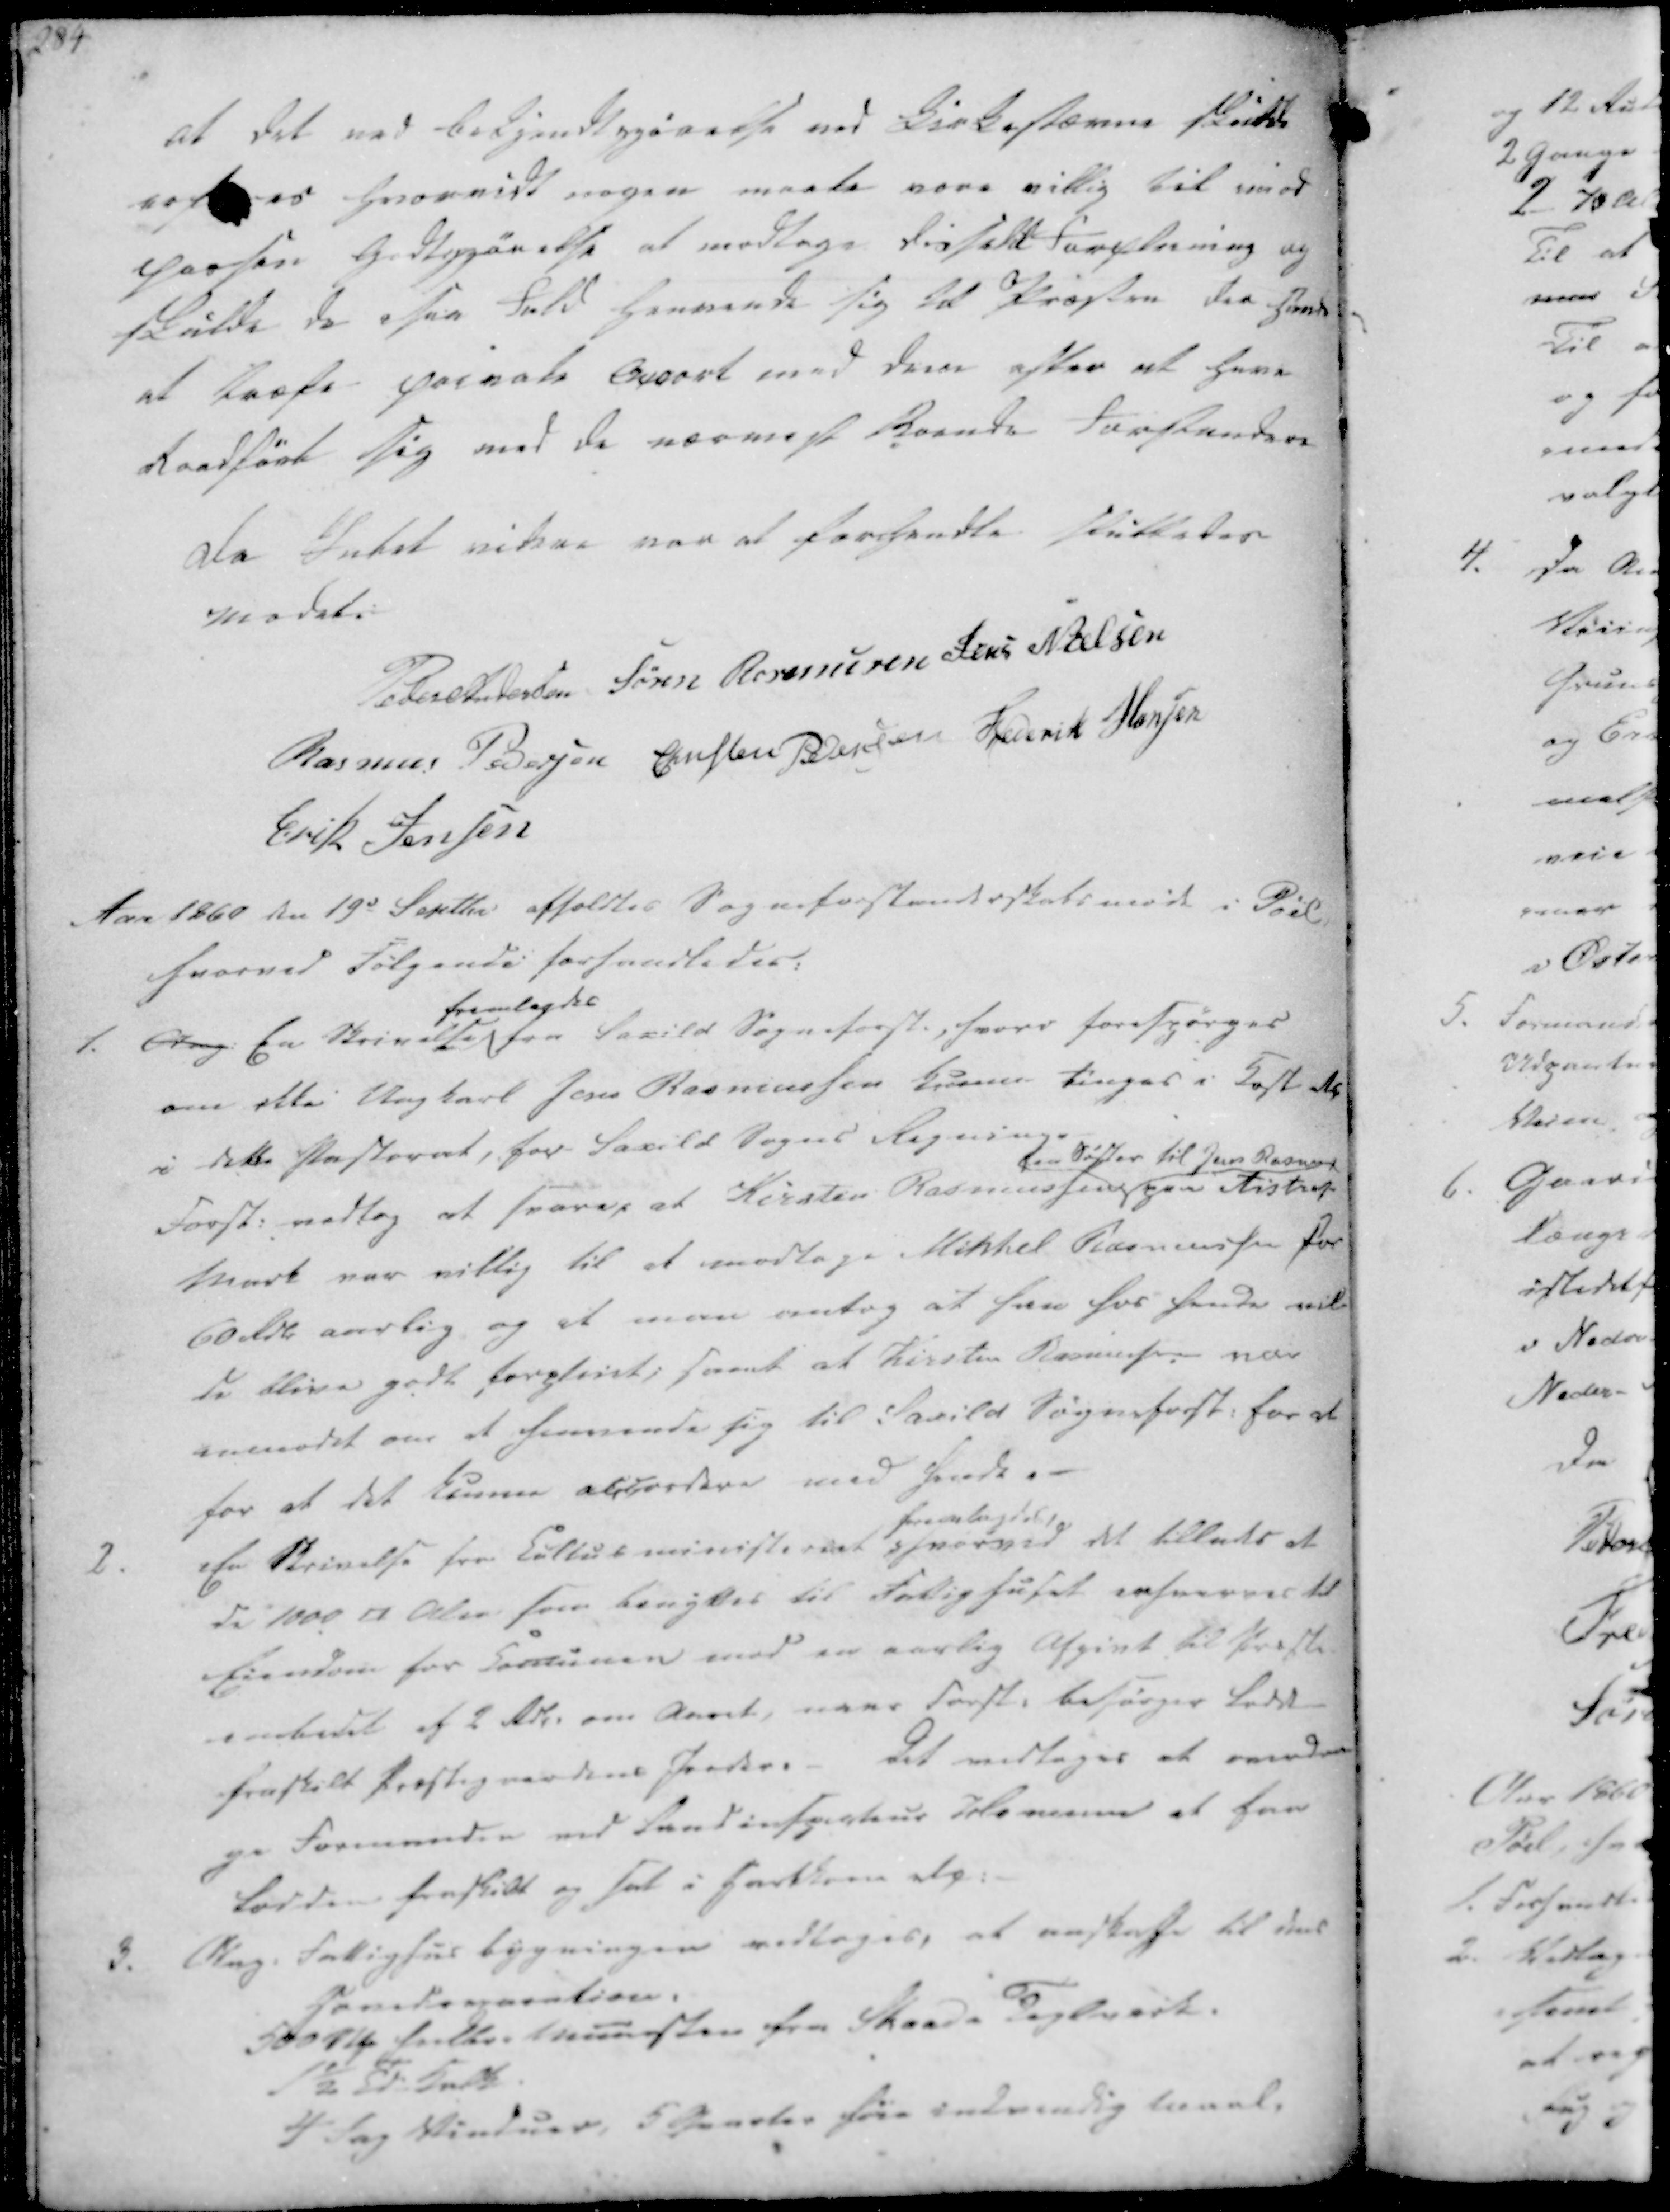
Transskription:
at det ved Bekjendtgjørelse ved Kirkestævne skulde
es hvorvidt nogen maate være villig til imod
Passen Godtgjørelse at modtage disse til Forpleining og
skulde de isaa Fald henvende sig til Præsten den ham
at træfe private Accort med dem efter at have
Raadført sig med de nærmeste Boende Forstandere

Da Intet videre var at forhandle, sluttedes
Mødet.
Peder Andersen
Søren Rasmusen
Jens Nielsen
Rasmus Pedersen
Christen Pedersen
Frederik Hansen
Erik Jensen

Aar 1860 den 19d Septbr afholdtes Sogneforstanderskabsmøde i Pøel,
hvorved Følgende forhandledes:

1. Ang. En Skrivelse
fremlagdes
fra Saxild Sogneforst., hvori forespørges
om ikke Ungkarl Jens Rasmussen kunne tinges i Kost de
i dette Pastorat, for Saxild Sogns Regning.
Forst. vedtog at svare, at Kirsten Rasmussen
en Søster til Jens Rasmus.
paa Aistrup
Mark var villig til at modtage Mikkel Rasmussen for
60 Rdlr aarlig og at man antog at han hos hende vil-
de blive godt forpleiet; samt at Kirsten Rasmussen var
anmodet om at henvende sig til Saxild Sogneforst. for at
for at det kunne accordere med hende.

2. En Skrivelse fra Cultusministeriet
fremlagdes,
hvorved det tillades at
de 1000 □ Alen, som benyttes til Fattighuset erhverves til
Eiendom for Comunen mod en aarlig Afgivt til Præste-
embedet af 2 Rdl. om Aaret, naar Forst. besørger Lodet
fraskilt Præstegaardens Jorder.
Det vedtages at overdra
ge Formanden med Landinspecteur Hamann at faa
Lodden fraskilt og sat i Hartkorn alg.

3.
Ang. Fattighus bygningen vedtages, at anskaffe til dens
Hovedeparation:
500 Stk hvilke Muursten fra Skaade Teglværk.
1½ Td. Hartk.
4 fag Vinduer, 5 Staater føie indvendig Maal,